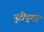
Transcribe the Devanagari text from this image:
पुष्टीकृती